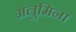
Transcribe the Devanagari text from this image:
अलुमिना